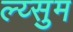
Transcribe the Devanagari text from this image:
ल्य्सुम